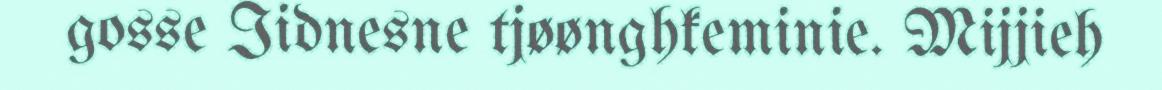
gosse Iidnesne tjøønghkeminie. Mijjieh